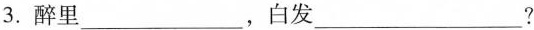
3.醉里___，白发___?